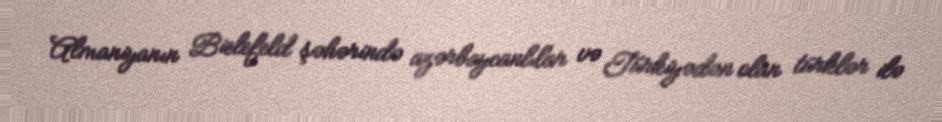
Almaniyanın Bielefeld şəhərində azərbaycanlılar və Türkiyədən olan türklər ilə